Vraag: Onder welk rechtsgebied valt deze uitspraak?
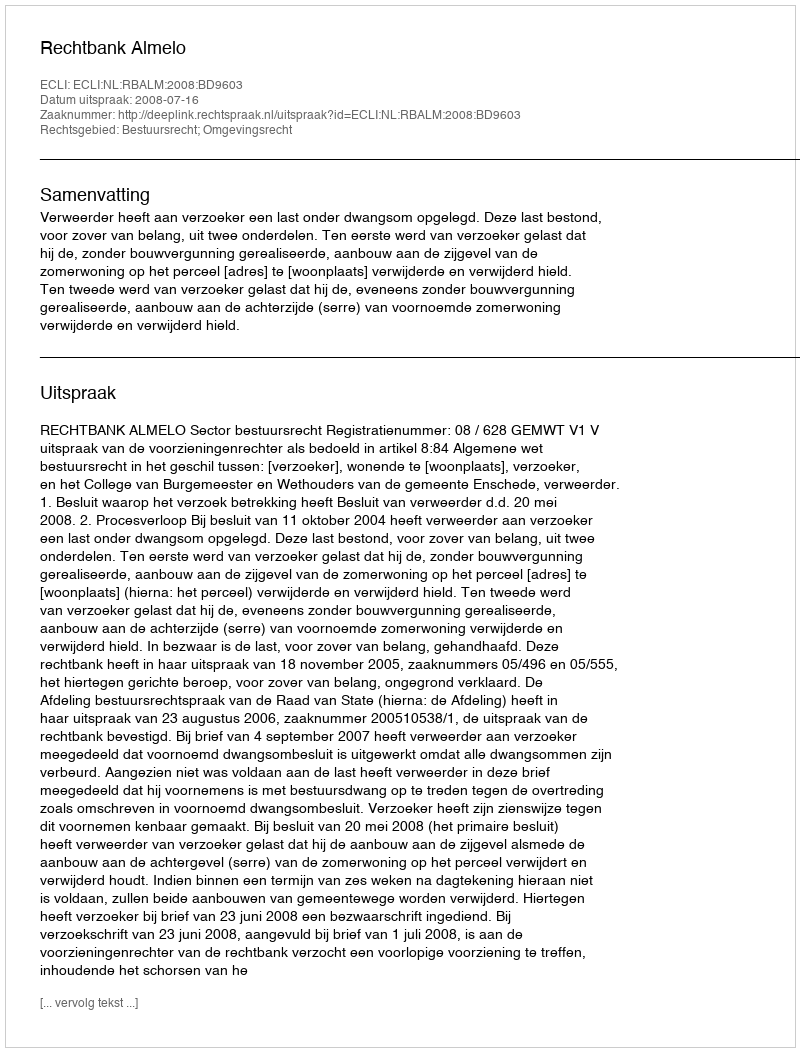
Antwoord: Bestuursrecht; Omgevingsrecht